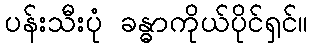
ပန်းသီးပုံ ခန္ဓာကိုယ်ပိုင်ရှင်။